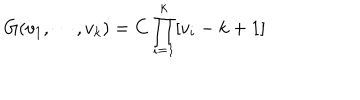
G ( v _ { 1 } , \cdots , v _ { k } ) = C \prod _ { i = 1 } ^ { k } [ v _ { i } - k + 1 ]